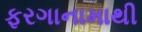
ફરગાનામાથી